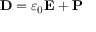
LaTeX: \mathbf { D } = \varepsilon _ { 0 } \mathbf { E } + \mathbf { P }